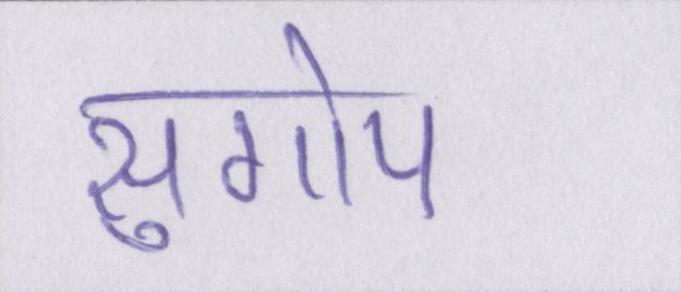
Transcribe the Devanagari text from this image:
सुगोप